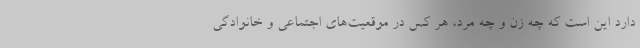
دارد این است که چه زن و چه مرد، هر کس در موقعیت‌های اجتماعی و خانوادگی